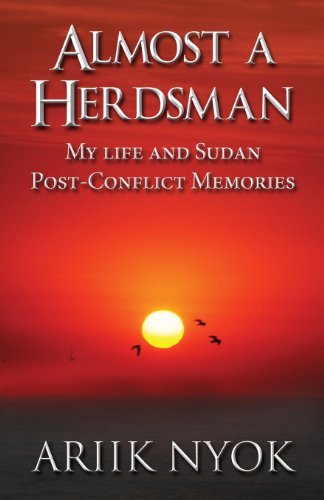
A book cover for Almost a Herdsman: My Life and Sudan Post-Conflict Memories; Ariik Nyok; History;